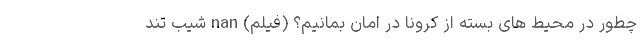
چطور در محیط های بسته از کرونا در امان بمانیم؟ (فیلم) nan شیب تند